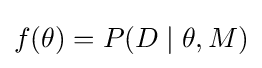
f(\theta )=P(D\mid \theta ,M)